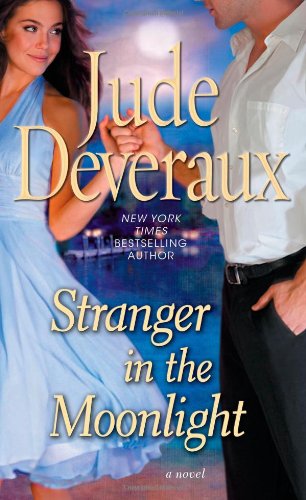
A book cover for Stranger in the Moonlight (Moonlight Trilogy, Book 2); Jude Deveraux; Romance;